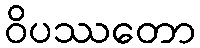
ဝိပဿတော